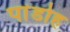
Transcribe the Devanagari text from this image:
पांडोह